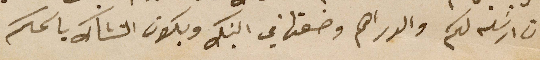
ان ارسَله لكم والدراهم وضعتها في البنك ويكون التشاك باسمكم